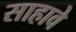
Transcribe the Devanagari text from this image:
साहावे